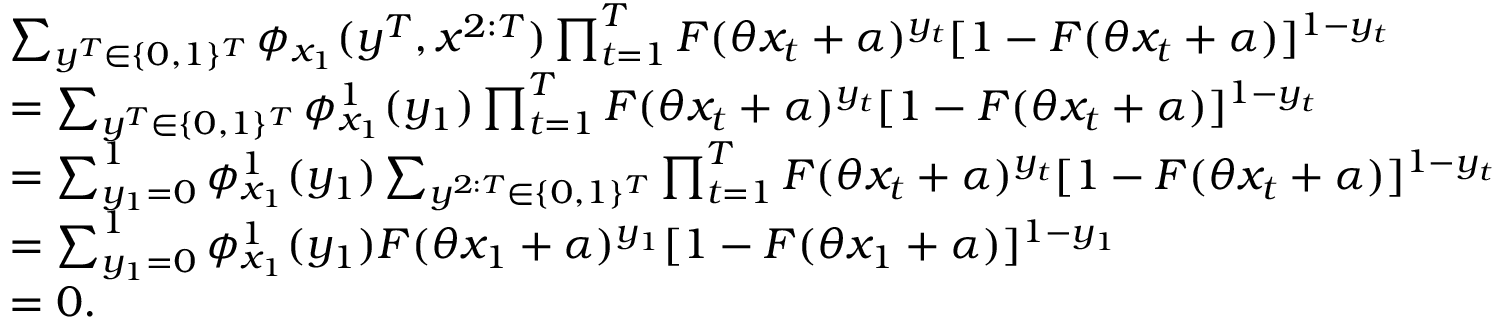
\begin{array} { r l } & { \sum _ { y ^ { T } \in \{ 0 , 1 \} ^ { T } } \phi _ { x _ { 1 } } ( y ^ { T } , x ^ { 2 : T } ) \prod _ { t = 1 } ^ { T } F ( \theta x _ { t } + \alpha ) ^ { y _ { t } } [ 1 - F ( \theta x _ { t } + \alpha ) ] ^ { 1 - y _ { t } } } \\ & { = \sum _ { y ^ { T } \in \{ 0 , 1 \} ^ { T } } \phi _ { x _ { 1 } } ^ { 1 } ( y _ { 1 } ) \prod _ { t = 1 } ^ { T } F ( \theta x _ { t } + \alpha ) ^ { y _ { t } } [ 1 - F ( \theta x _ { t } + \alpha ) ] ^ { 1 - y _ { t } } } \\ & { = \sum _ { y _ { 1 } = 0 } ^ { 1 } \phi _ { x _ { 1 } } ^ { 1 } ( y _ { 1 } ) \sum _ { y ^ { 2 : T } \in \{ 0 , 1 \} ^ { T } } \prod _ { t = 1 } ^ { T } F ( \theta x _ { t } + \alpha ) ^ { y _ { t } } [ 1 - F ( \theta x _ { t } + \alpha ) ] ^ { 1 - y _ { t } } } \\ & { = \sum _ { y _ { 1 } = 0 } ^ { 1 } \phi _ { x _ { 1 } } ^ { 1 } ( y _ { 1 } ) F ( \theta x _ { 1 } + \alpha ) ^ { y _ { 1 } } [ 1 - F ( \theta x _ { 1 } + \alpha ) ] ^ { 1 - y _ { 1 } } } \\ & { = 0 . } \end{array}